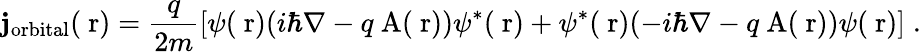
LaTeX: {\mathbf j}_{\mathrm{orbital}}(\mathrm{\mathbf~r})=\frac{q}{2m}\left[\psi(\mathrm{\mathbf~r})(i\hbar\nabla-q\mathrm{\mathbf~A}(\mathrm{\mathbf~r}))\psi^{*}(\mathrm{\mathbf~r})+\psi^{*}(\mathrm{\mathbf~r})(-i\hbar\nabla-q\mathrm{\mathbf~A}(\mathrm{\mathbf~r}))\psi(\mathrm{\mathbf~r})\right]\; .